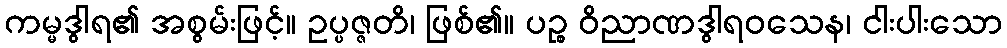
ကမ္မဒွါရ၏ အစွမ်းဖြင့်။ ဥပ္ပဇ္ဇတိ၊ ဖြစ်၏။ ပဉ္စ ဝိညာဏဒွါရဝသေန၊ ငါးပါးသော